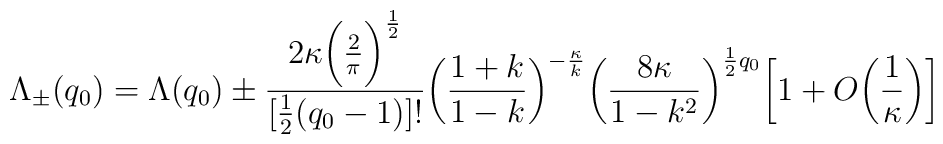
\Lambda_{\pm}(q_0)=\Lambda(q_0)\pm\frac{2\kappa\bigg(\frac{2}{\pi}\bigg)^{\frac{1}{2}}}{[\frac{1}{2}(q_0-1)]!}\bigg(\frac{1+k}{1-k}\bigg)^{-\frac{\kappa}{k}}\bigg(\frac{8\kappa}{1-k^2}\bigg)^{\frac{1}{2}q_0}\bigg[1+O\bigg(\frac{1}{\kappa}\bigg)\bigg]